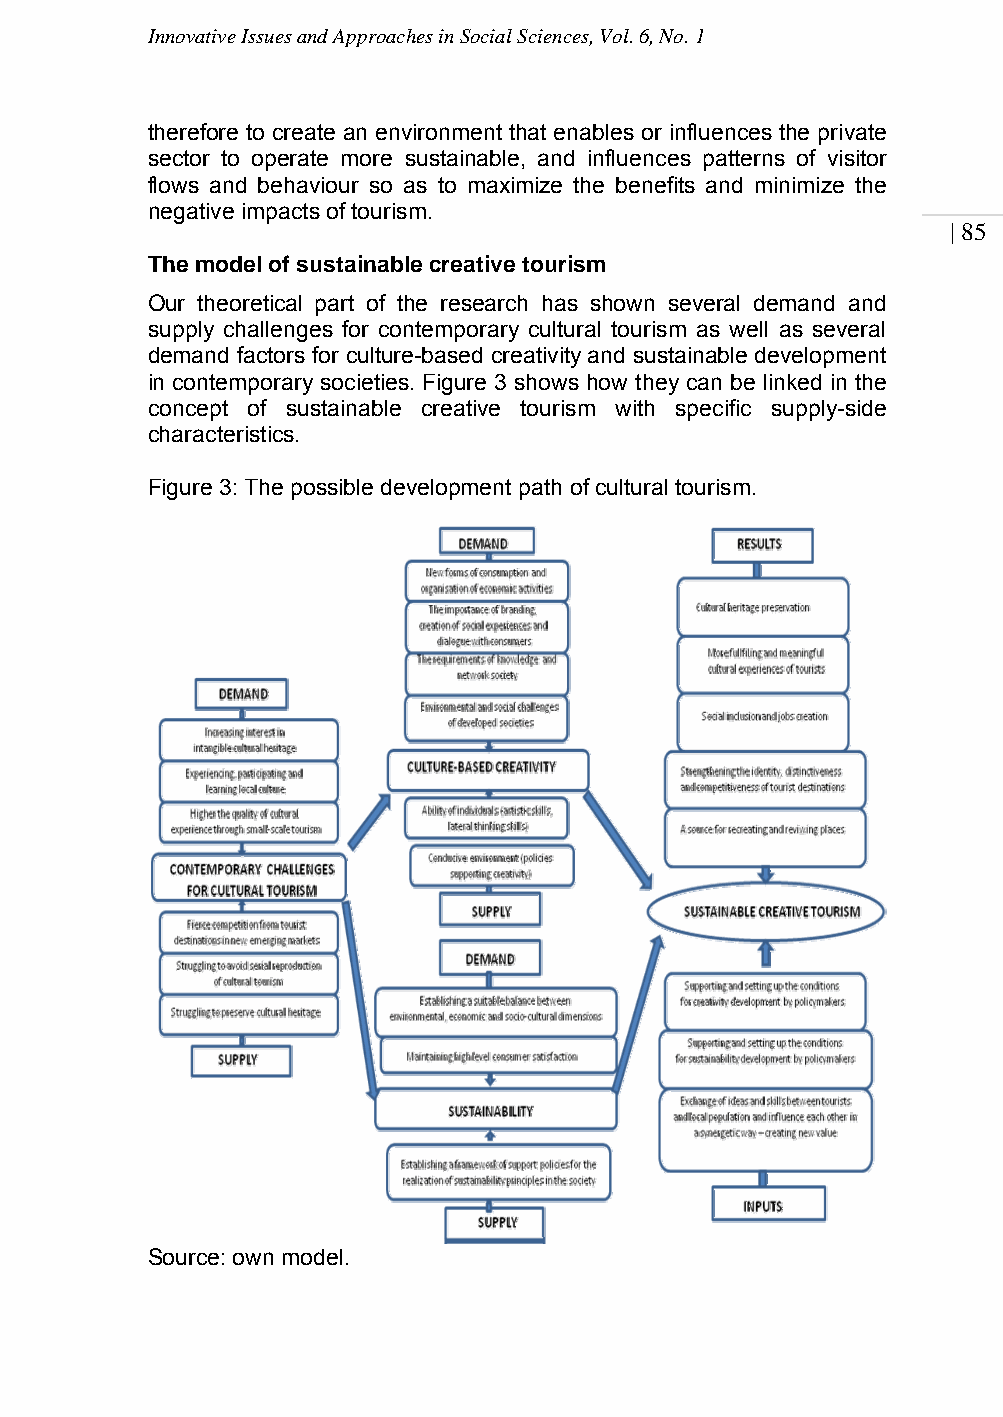
Innovative Issues and Approaches in Social Sciences, Vol. 6, No. 1
 therefore to create an environment that enables or influences the private
 sector to operate more sustainable, and influences patterns of visitor
 flows and behaviour so as to maximize the benefits and minimize the
 negative impacts of tourism.
 | 85
 The model of sustainable creative tourism
 Our theoretical part of the research has shown several demand and
 supply challenges for contemporary cultural tourism as well as several
 demand factors for culture-based creativity and sustainable development
 in contemporary societies. Figure 3 shows how they can be linked in the
 concept of sustainable creative tourism with specific supply-side
 characteristics.
 Figure 3: The possible development path of cultural tourism.
 Source: own model.